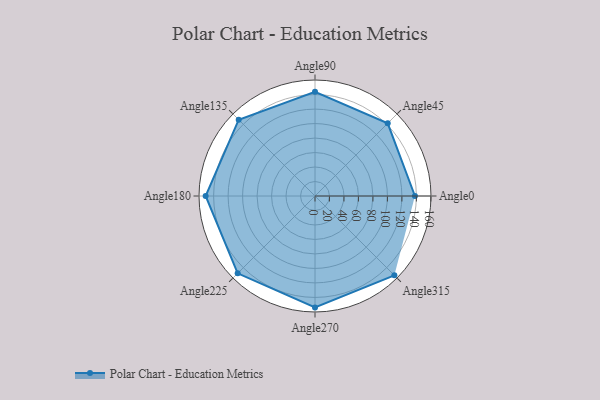
{"axis": {"x": "Angle", "y": "Radius"}, "legend": [""], "data": [{"x": "Angle0", "y": 138.0, "type": ""}, {"x": "Angle45", "y": 142.0, "type": ""}, {"x": "Angle90", "y": 144.0, "type": ""}, {"x": "Angle135", "y": 149.0, "type": ""}, {"x": "Angle180", "y": 151.0, "type": ""}, {"x": "Angle225", "y": 151.0, "type": ""}, {"x": "Angle270", "y": 154.0, "type": ""}, {"x": "Angle315", "y": 155.0, "type": ""}]}